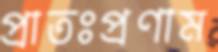
প্রাতঃপ্রণাম